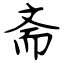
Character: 斋